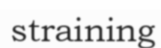
straining